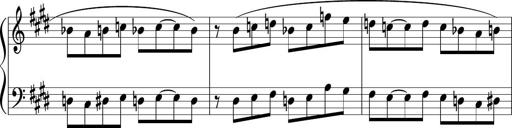
Title: Sonataette
Composer: Gergely Laszlo Matyas Jambor